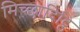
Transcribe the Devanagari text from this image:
मिच्छादिट्ठि